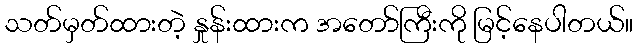
သတ်မှတ်ထားတဲ့ နှုန်းထားက အတော်ကြီးကို မြင့်နေပါတယ်။